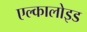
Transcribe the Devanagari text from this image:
एल्कालोइड